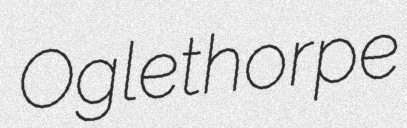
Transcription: Oglethorpe